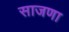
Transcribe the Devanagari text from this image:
साजणा